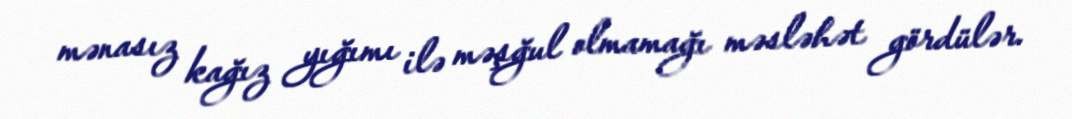
mənasız kağız yığımı ilə məşğul olmamağı məsləhət gördülər.